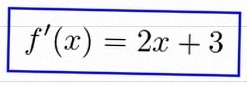
f'(x)=2x+3